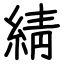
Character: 綪